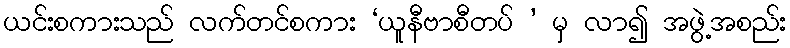
ယင်းစကားသည် လက်တင်စကား ‘ယူနီဗာစီတပ် ’ မှ လာ၍ အဖွဲ့အစည်း